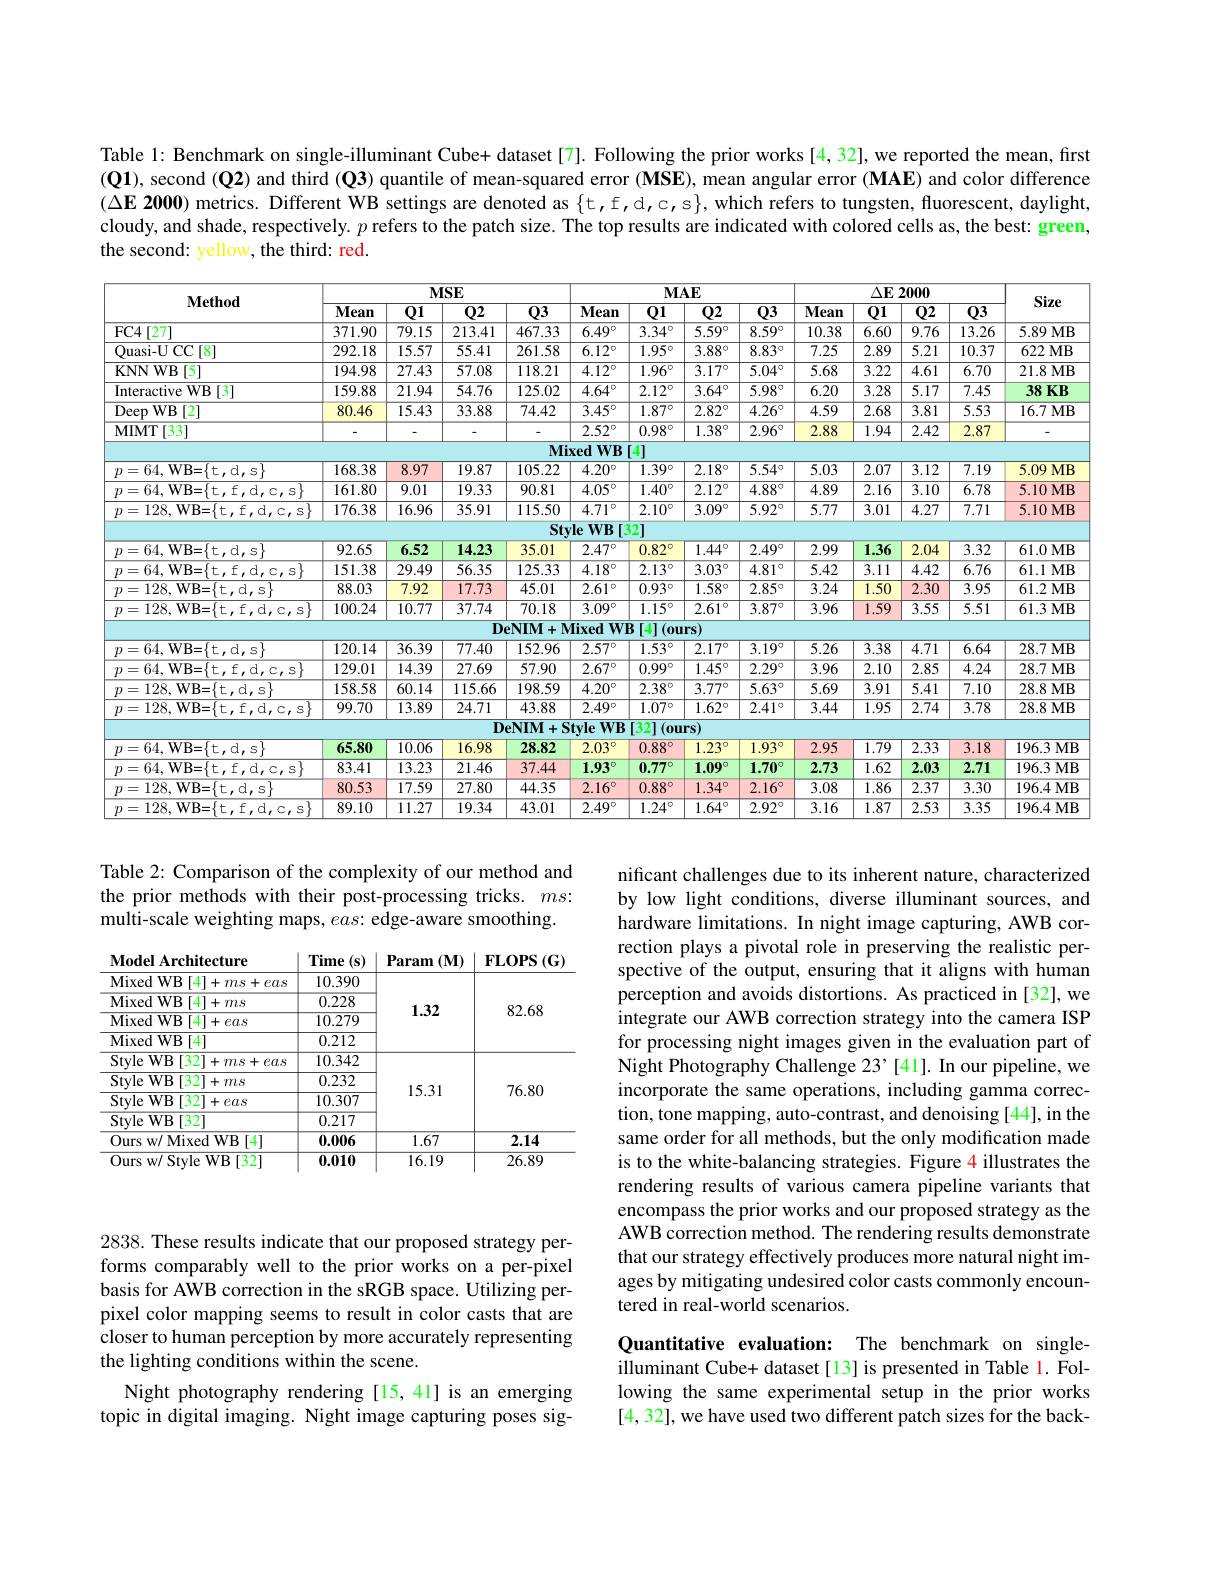
Table 1: Benchmark on single-illuminant Cube+ dataset [7]. Following the prior works [4,32], we reported the mean, frst (Q1), second (Q2) and third (Q3) quantile of mean-squared error (MSE), mean angular error (MAE) and color difference $( \Delta \mathbf{E} \textbf{ 2000) metrics. Different WB settings are denoted as }\{$t,f,d,c,s$\}$,which refers to tungsten, fluorescent, daylight, cloudy, and shade, respectively. $p$ refers to the patch size. The top results are indicated with colored cells as, the best: green, the second: yellow, the third: red.

<table>
	<tbody>
		<tr>
			<th rowspan="2">$\mathbf{Method}$</th>
			<th colspan="4">$MSE$</th>
			<th colspan="5">$\mathbf{MAE}$</th>
			<th colspan="4">$\Delta \mathbf{E}$ 2000</th>
			<th rowspan="2">Size</th>
		</tr>
		<tr>
			<th>Mean</th>
			<th>01</th>
			<th>02</th>
			<th>03</th>
			<th>Mean</th>
			<th>01</th>
			<th>02</th>
			<th>02</th>
			<th>2 03</th>
			<th>Mean</th>
			<th>01</th>
			<th>02</th>
			<th>03</th>
		</tr>
		<tr>
			<td>FC4[27]</td>
			<td>371.90</td>
			<td>79.15</td>
			<td>213.41</td>
			<td>467.33</td>
			<td>$6.49^{\circ}$</td>
			<td>$3.34^{\circ}$</td>
			<td>$5.59^{\circ}$</td>
			<td>$5.59^{\circ}$</td>
			<td>8.59 10</td>
			<td>10.38</td>
			<td>$\overline{6.60}$</td>
			<td>9.76</td>
			<td>13.26</td>
			<td>5.89MB</td>
		</tr>
		<tr>
			<td>Quasi- UCC[8]</td>
			<td>292.18</td>
			<td>15.57</td>
			<td>55.41</td>
			<td>261.58</td>
			<td>$6.12^{\circ}$</td>
			<td>$1.95^{\circ}$</td>
			<td>$3.88^{\circ}$</td>
			<td>$3.88^{\circ}$</td>
			<td>8.83 VU</td>
			<td>7.25</td>
			<td>$\overline{2.89}$</td>
			<td>5.21</td>
			<td>10.37</td>
			<td>622 MB</td>
		</tr>
		<tr>
			<td>KNNWB [5]</td>
			<td>194.98</td>
			<td>27.43</td>
			<td>57.08</td>
			<td>118.21</td>
			<td>$4.12^{\circ}$</td>
			<td>$1.96^{\circ}$</td>
			<td>$3.17^{\circ}$</td>
			<td>$\overline{3.17^{\circ}}$</td>
			<td>5.04 $7^{0}$</td>
			<td>5.68</td>
			<td>3.22</td>
			<td>4.61</td>
			<td>6.70</td>
			<td>21.8MB</td>
		</tr>
		<tr>
			<td>Interactive WB :[3]</td>
			<td>159.88</td>
			<td>21.94</td>
			<td>54.76</td>
			<td>125.02</td>
			<td>$4.64^{\circ}$</td>
			<td>$2.12^{\circ}$</td>
			<td>$3.64^{\circ}$</td>
			<td>$3.64^{\circ}$</td>
			<td>$4^{\circ}$ $5.98^{\prime}$</td>
			<td>6.20</td>
			<td>3.28</td>
			<td>5.17</td>
			<td>7.45</td>
			<td>38 KB</td>
		</tr>
		<tr>
			<td>DeepWB [2]</td>
			<td>80.46</td>
			<td>15.43</td>
			<td>33.88</td>
			<td>74.42</td>
			<td>$3.45^{\circ}$</td>
			<td>$1.87^{\circ}$</td>
			<td>$2.82^{\circ}$</td>
			<td>$2.82^{\circ}$</td>
			<td>4.26 2 0 1 1 1</td>
			<td>4.59</td>
			<td>2.68</td>
			<td>3.81</td>
			<td>5.53</td>
			<td>16.7 MB</td>
		</tr>
		<tr>
			<td>$MIMT[33]$</td>
			<td> </td>
			<td> </td>
			<td> </td>
			<td> </td>
			<td>$2.52^{\circ}$</td>
			<td>$0.98^{\circ}$</td>
			<td>$1.38^{\circ}$</td>
			<td>$1.38^{\circ}$</td>
			<td>2.96 10 </td>
			<td>2.88</td>
			<td>$\overline{1.94}$</td>
			<td>2.42</td>
			<td>2.87</td>
			<td> </td>
		</tr>
		<tr>
			<td> </td>
			<td> </td>
			<td> </td>
			<td> </td>
			<td>$Mi$</td>
			<td>xed WB</td>
			<td>41</td>
			<td> </td>
			<td> </td>
			<td> </td>
			<td> </td>
			<td> </td>
			<td> </td>
			<td> </td>
			<td> </td>
		</tr>
		<tr>
			<td>$p=64,\mathbf{WB=\{t,d,s\}}$</td>
			<td>168.38</td>
			<td>8.97</td>
			<td>19.87</td>
			<td>105.22</td>
			<td>$4.20^{\circ}$</td>
			<td>$1.39^{\circ}$</td>
			<td>$2.18^{\circ}$</td>
			<td>$2.18^{\circ}$</td>
			<td>$3^{\circ}$ 5.54</td>
			<td>5.03</td>
			<td>$\overline{2.07}$</td>
			<td>$\overline{3.12}$</td>
			<td>$\overline{7.19}$</td>
			<td>5.09 $MB$</td>
		</tr>
		<tr>
			<td>$p= 64$,WB= $\{$t, f, d, c, s$\}$</td>
			<td>161.80</td>
			<td>9.01</td>
			<td>19.33</td>
			<td>90.81</td>
			<td>$4.05^{\circ}$</td>
			<td>$1.40^{\circ}$</td>
			<td>$2.12^{\circ}$</td>
			<td>$\overline{2.12^{\circ}}$</td>
			<td>4.88 1 1</td>
			<td>4.89</td>
			<td>$\overline{2.16}$</td>
			<td>$\overline{3.10}$</td>
			<td>6.78</td>
			<td>5.10 MB</td>
		</tr>
		<tr>
			<td>TA =128. WB= $\{$t. $,f,d,c,s$</td>
			<td>176.38</td>
			<td>16.96</td>
			<td>35.91</td>
			<td>115.50</td>
			<td>$4.71^{\circ}$</td>
			<td>$2.10^{\circ}$</td>
			<td>$3.09^{\circ}$</td>
			<td>$3.09^{\circ}$</td>
			<td>$5.92^{\prime}$ $JV$</td>
			<td>5.77</td>
			<td>$\overline{3.01}$</td>
			<td>4.27</td>
			<td>7.71</td>
			<td>5.10 MB</td>
		</tr>
		<tr>
			<td> </td>
			<td> </td>
			<td> </td>
			<td> </td>
			<td>Sty</td>
			<td>leWB 13</td>
			<td>121</td>
			<td> </td>
			<td> </td>
			<td> </td>
			<td> </td>
			<td> </td>
			<td> </td>
			<td> </td>
			<td> </td>
		</tr>
		<tr>
			<td>$p=64,\mathbf{WB=\{t,d,s\}}$</td>
			<td>92.65</td>
			<td>6.52</td>
			<td>14.23</td>
			<td>35.01</td>
			<td>$2.47^{\circ}$</td>
			<td>$0.82^{\circ}$</td>
			<td>$1.44^{\circ}$</td>
			<td>$1.44^{\circ}$</td>
			<td>$4^{\circ}$ 2.49</td>
			<td>2.99</td>
			<td>1.36</td>
			<td>2.04</td>
			<td>3.32</td>
			<td>61.0 MB</td>
		</tr>
		<tr>
			<td>=64.WR= 1+ $f$ $d.$ $,\mathcal{C}_{\prime},\mathcal{S}\}$</td>
			<td>151.38</td>
			<td>29.49</td>
			<td>56.35</td>
			<td>125.33</td>
			<td>$4.18^{\circ}$</td>
			<td>$\overline{2.13^\circ}$</td>
			<td>$3.03^{\circ}$</td>
			<td>$3.03^{\circ}$</td>
			<td>4.81 C $\frac{1}{2}$</td>
			<td>5.42</td>
			<td>3.11</td>
			<td>$\overline{4.42}$</td>
			<td>6.76</td>
			<td>61.1 MB</td>
		</tr>
		<tr>
			<td>$=128,\mathbf{WB}=\{\pm,\mathbf{d},\mathbf{s}\}$</td>
			<td>88.03</td>
			<td>$\overline{7.92}$</td>
			<td>17.73</td>
			<td>45.01</td>
			<td>$2.61^{\circ}$</td>
			<td>$0.93^{\circ}$</td>
			<td>$1.58^{\circ}$</td>
			<td>$1.58^{\circ}$</td>
			<td>$3^{\circ}$ 2.85</td>
			<td>3.24</td>
			<td>1.50</td>
			<td>2.30</td>
			<td>3.95</td>
			<td>61.2MB</td>
		</tr>
		<tr>
			<td>$=128WR=$ $ff$ $a_{1}=\frac{1}{2}$ $C$ S</td>
			<td>100.24</td>
			<td>10.77</td>
			<td>37.74</td>
			<td>70.18</td>
			<td>$3.09^{\circ}$</td>
			<td>$1.15^{\circ}$</td>
			<td>$2.61^{\circ}$</td>
			<td>$2.61^{\circ}$</td>
			<td>3.87 $1^{1}$ $\textcircled{1}$</td>
			<td>3.96</td>
			<td>1.59</td>
			<td>3.55</td>
			<td>5.51</td>
			<td>61.3MB</td>
		</tr>
		<tr>
			<td> </td>
			<td> </td>
			<td> </td>
			<td>$De$</td>
			<td>eNIM + $N$</td>
			<td>Iixed WE</td>
			<td>[4] 0u</td>
			<td>$1rs$</td>
			<td>rs</td>
			<td> </td>
			<td> </td>
			<td> </td>
			<td> </td>
			<td> </td>
			<td> </td>
		</tr>
		<tr>
			<td>$p= 64$,WB= $\{$t, d, s$\}$</td>
			<td>120.14</td>
			<td>36.39</td>
			<td>77.40</td>
			<td>152.96</td>
			<td>$2.57^{\circ}$</td>
			<td>$1.53^{\circ}$</td>
			<td>$2.17^{\circ}$</td>
			<td>$2.17^{\circ}$</td>
			<td>3.19 $7^{0}$</td>
			<td>5.26</td>
			<td>3.38</td>
			<td>4.71</td>
			<td>6.64</td>
			<td>28.7MB</td>
		</tr>
		<tr>
			<td>二 =64 WR= 1+ 十 $f$ $TH$ $r.s$</td>
			<td>129.01</td>
			<td>14.39</td>
			<td>27.69</td>
			<td>57.90</td>
			<td>$2.67^{\circ}$</td>
			<td>$0.99^{\circ}$</td>
			<td>$1.45^{\circ}$</td>
			<td>$1.45^{\circ}$</td>
			<td>2.29 C</td>
			<td>3.96</td>
			<td>$\overline{2.10}$</td>
			<td>2.85</td>
			<td>4.24</td>
			<td>28.7MB</td>
		</tr>
		<tr>
			<td>7 $=128,\mathbf{WB=\{t,d,s\}}$</td>
			<td>158.58</td>
			<td>60.14</td>
			<td>115.66</td>
			<td>198.59</td>
			<td>$4.20^{\circ}$</td>
			<td>$2.38^{\circ}$</td>
			<td>$\overline{3.77^{\circ}}$</td>
			<td>$3.77^{\circ}$</td>
			<td>5.63 $7^{0}$</td>
			<td>5.69</td>
			<td>$\overline{3.91}$</td>
			<td>5.41</td>
			<td>$\overline{7.10}$</td>
			<td>28.8MB</td>
		</tr>
		<tr>
			<td>$TII$ =128. WB= $\{$t. $,\mathrm{f}_{\prime}$,d,c,s</td>
			<td>99.70</td>
			<td>13.89</td>
			<td>24.71</td>
			<td>43.88</td>
			<td>$2.49^{\circ}$</td>
			<td>$1.07^{\circ}$</td>
			<td>$1.62^{\circ}$</td>
			<td>$1.62^{\circ}$</td>
			<td>$2^{\circ}$ 2.41</td>
			<td>3.44</td>
			<td>$\overline{1.95}$</td>
			<td>$\overline{2.74}$</td>
			<td>3.78</td>
			<td>28.8 MB</td>
		</tr>
		<tr>
			<td> </td>
			<td> </td>
			<td> </td>
			<td>$D\epsilon$</td>
			<td>eNIM+S 1 1</td>
			<td>tyle $WB$</td>
			<td>$[32](0un)$</td>
			<td>$1rs)$</td>
			<td>rs)</td>
			<td> </td>
			<td> </td>
			<td> </td>
			<td> </td>
			<td> </td>
			<td> </td>
		</tr>
		<tr>
			<td>$p=64,\mathbf{WB=\{t,d,s\}}$</td>
			<td>65.80</td>
			<td>10.06</td>
			<td>16.98</td>
			<td>28.82</td>
			<td>$2.03^\circ$</td>
			<td>$0.88^{\circ}$</td>
			<td>$1.23^\circ$</td>
			<td>$1.23^{\circ}$</td>
			<td>1.93 T</td>
			<td>2.95</td>
			<td>$\overline{1.79}$</td>
			<td>2.33</td>
			<td>3.18</td>
			<td>196.3 MB</td>
		</tr>
		<tr>
			<td>=64.WR= 1+ $f$ ,d,c,s$\}$</td>
			<td>83.41</td>
			<td>13.23</td>
			<td>21.46</td>
			<td>37.44</td>
			<td>$1.93^{\circ}$</td>
			<td>$0.77^{\circ}$</td>
			<td>$1.09^{\circ}$</td>
			<td>$1.09^{\circ}$</td>
			<td>90 1.70</td>
			<td>2.73</td>
			<td>$\overline{1.62}$</td>
			<td>2.03</td>
			<td>2.71</td>
			<td>196.3MB</td>
		</tr>
		<tr>
			<td>$p= 128$, WB= $\{$t, d, s$\}$</td>
			<td>80.53</td>
			<td>17.59</td>
			<td>27.80</td>
			<td>44.35</td>
			<td>$2.16^{\circ}$</td>
			<td>$0.88^{\circ}$</td>
			<td>$1.34^{\circ}$</td>
			<td>$1.34^{\circ}$</td>
			<td>$4^{\circ}$ 2.16</td>
			<td>3.08</td>
			<td>1.86</td>
			<td>2.37</td>
			<td>3.30</td>
			<td>196.4MB</td>
		</tr>
		<tr>
			<td>$=128.WB=$ 1+ $\bullet$ f $d.$ $,\mathcal{C}_{t},\mathcal{S}$</td>
			<td>89.10</td>
			<td>11.27</td>
			<td>19.34</td>
			<td>43.01</td>
			<td>$2.49^{\circ}$</td>
			<td>$1.24^{\circ}$</td>
			<td>$1.64^{\circ}$</td>
			<td>$1.64^{\circ}$</td>
			<td>$4^{\circ}$ 2.92</td>
			<td>$\overline{3.16}$</td>
			<td>$\overline{1.87}$</td>
			<td>2.53</td>
			<td>3.35</td>
			<td>196.4MB</td>
		</tr>
	</tbody>
</table>

Table 2: Comparison of the complexity of our method and the prior methods with their post-processing tricks. $ms\vdots$ multi-scale weighting maps, $eas:$ edge-aware smoothing.

<table>
	<tbody>
		<tr>
			<th>Model Architecture</th>
			<th>Time $(\mathbf{s})$</th>
			<th>Param $(\mathbf{M})$</th>
			<th>$\mathbf{FLOPS}$ ${\dot{\varsigma}}(\mathbf{G})$</th>
		</tr>
		<tr>
			<td>MixedWB [4] $+ms+eas$</td>
			<td>10.390</td>
			<td rowspan="4">1.32</td>
			<td rowspan="4">82.68</td>
		</tr>
		<tr>
			<td>MixedWB [4] $+ms$</td>
			<td>0.228</td>
		</tr>
		<tr>
			<td>MixedWB [4] 1 $+eas$</td>
			<td>10.279</td>
		</tr>
		<tr>
			<td>MixedWB [4]</td>
			<td>0.212</td>
		</tr>
		<tr>
			<td>StyleWB $[32^{-}$ $+ms+eas$</td>
			<td>10.342</td>
			<td rowspan="4">15.31</td>
			<td rowspan="4">76.80</td>
		</tr>
		<tr>
			<td>Style $\because WB$ $[32^{.}$ $+ms$</td>
			<td>0.232</td>
		</tr>
		<tr>
			<td>Stvle WB 3 $[ 32] + eas$</td>
			<td>10.307</td>
		</tr>
		<tr>
			<td>StyleWB [32]</td>
			<td>0.217</td>
		</tr>
		<tr>
			<td>Ours w/ Mixed WB [4]</td>
			<td>0.006</td>
			<td>1.67</td>
			<td>2.14</td>
		</tr>
		<tr>
			<td>Ours w/ Style WB $[32^{.}$</td>
			<td>0.010</td>
			<td>16.19</td>
			<td>26.89</td>
		</tr>
	</tbody>
</table>

nificant challenges due to its inherent nature, characterized by low light conditions, diverse illuminant sources, and hardware limitations. In night image capturing, AWB correction plays a pivotal role in preserving the realistic perspective of the output, ensuring that it aligns with human perception and avoids distortions. As practiced in [32], we integrate our AWB correction strategy into the camera ISP for processing night images given in the evaluation part of Night Photography Challenge 23'[41]. In our pipeline, we incorporate the same operations, including gamma correction, tone mapping, auto-contrast, and denoising [44], in the same order for all methods, but the only modification made is to the white-balancing strategies. Figure 4 illustrates the rendering results of various camera pipeline variants that encompass the prior works and our proposed strategy as the AWB correction method. The rendering results demonstrate that our strategy effectively produces more natural night images by mitigating undesired color casts commonly encountered in real-world scenarios.

2838. These results indicate that our proposed strategy performs comparably well to the prior works on a per-pixel basis for AWB correction in the sRGB space. Utilizing perpixel color mapping seems to result in color casts that are closer to human perception by more accurately representing the lighting conditions within the scene.
Night photography rendering [15,41] is an emerging topic in digital imaging. Night image capturing poses sig-

Quantitative evaluation: The benchmark on singleilluminant Cube+ dataset [13] is presented in Table l. Following the same experimental setup in the prior works [4,32],we have used two different patch sizes for the back-